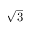
\sqrt { 3 }